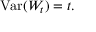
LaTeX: \operatorname { V a r } ( W _ { t } ) = t .